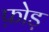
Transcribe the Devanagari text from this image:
फ़ोड़